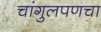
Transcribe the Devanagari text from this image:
चांगुलपणचा